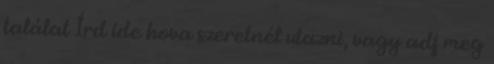
találat Írd ide hova szeretnél utazni, vagy adj meg